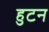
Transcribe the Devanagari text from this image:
हुटन